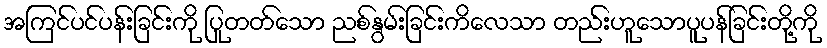
အကြင်ပင်ပန်းခြင်းကို ပြုတတ်သော ညစ်နွမ်းခြင်းကိလေသာ တည်းဟူသောပူပန်ခြင်းတို့ကို